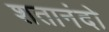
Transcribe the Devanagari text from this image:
शतानंदो